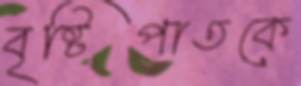
বৃষ্টিপাতকে